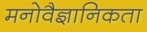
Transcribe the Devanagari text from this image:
मनोवैज्ञानिकता